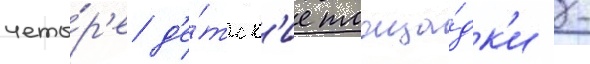
четы́р'е д'е́тск'ие площа́дк'и -